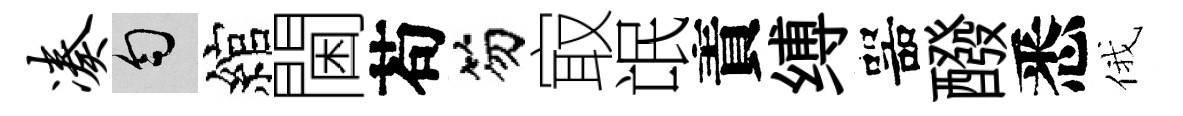
凑匀綰閫苟笏㝡氓責缚噐醱悉俄